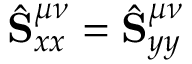
\hat { \mathbf { S } } _ { x x } ^ { \mu \nu } = \hat { \mathbf { S } } _ { y y } ^ { \mu \nu }